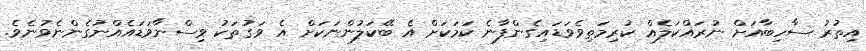
އިތުރު ސާހިބާއަށް ނުރައްކަލެއް ކުރިމަތިވެވަޑައިގެންފާނެ ކަމަކަށް އެ ބޭކަލުންނަކަށް އެ ވަގުތަކު ވިސްނާވަޑައެއްނުގެންނެވުނެވެ.